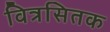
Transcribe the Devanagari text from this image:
वित्रसितक